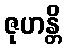
ဇုဟန္တိ